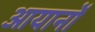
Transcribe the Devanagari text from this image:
आयानों